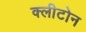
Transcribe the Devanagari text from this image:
क्‍लीटोन